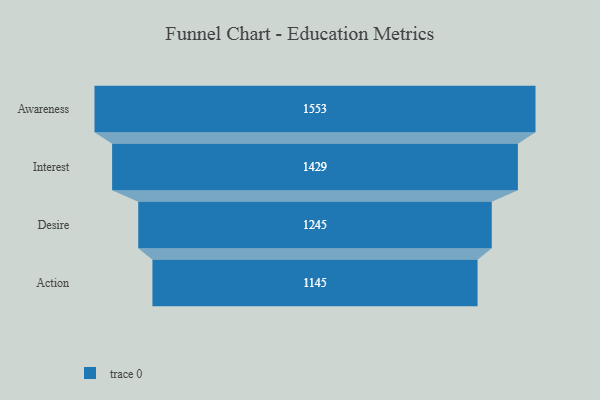
{"axis": {"x": "Stage", "y": "Value"}, "legend": [""], "data": [{"x": "Awareness", "y": 1553.0, "type": ""}, {"x": "Interest", "y": 1429.0, "type": ""}, {"x": "Desire", "y": 1245.0, "type": ""}, {"x": "Action", "y": 1145.0, "type": ""}]}